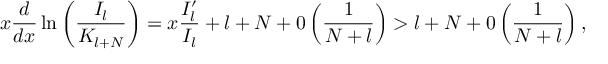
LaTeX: x \displaystyle \frac { d } { d x } \ln \left( \displaystyle \frac { I _ { l } } { K _ { l + N } } \right) = x \displaystyle \frac { I _ { l } ^ { \prime } } { I _ { l } } + l + N + 0 \left( \displaystyle \frac { 1 } { N + l } \right) > l + N + 0 \left( \displaystyle \frac { 1 } { N + l } \right) ,